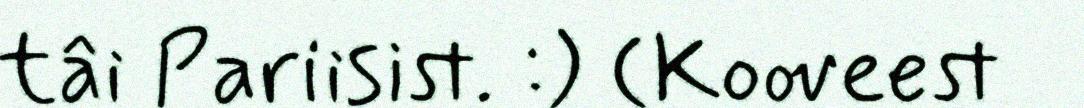
tâi Pariisist. :) (Kooveest